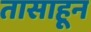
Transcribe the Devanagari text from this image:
तासाहून